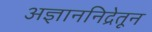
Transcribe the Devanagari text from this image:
अज्ञाननिद्रेतून